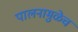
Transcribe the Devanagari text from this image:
पालनामुळेच